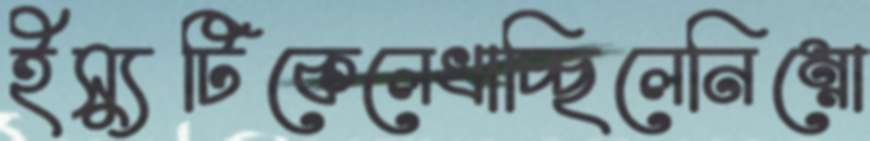
ইস্যুটিকেলেখাচ্ছিলেনিম্নো